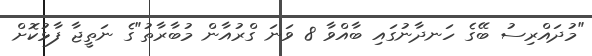
"މުދައްރިސު ބޭގެ ހަނދާނުގައި ބާއްވާ 8 ވަނަ ގްރުއާން މުބާރާތު"ގެ ނަތީޖާ ފާޅުކޮށް